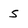
Character: 5